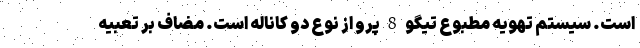
است. سیستم تهویه مطبوع تیگو 8 پرو از نوع دو کاناله است‌. مضاف بر تعبیه